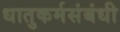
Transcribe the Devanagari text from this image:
धातुकर्मसंबंधी